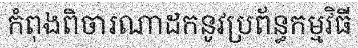
កំពុងពិចារណាដកនូវប្រព័ន្ធកម្មវិធី